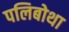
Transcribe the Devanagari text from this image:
पलिबोथा